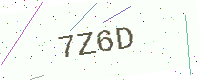
Text: 7Z6D